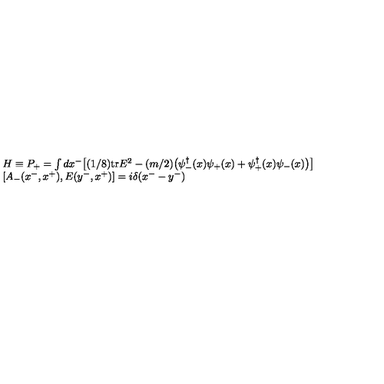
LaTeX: \begin{array} { l } { H \equiv P _ { + } = \int d x ^ { - } \big [ ( 1 / 8 ) \mathrm { t r } E ^ { 2 } - ( m / 2 ) \big ( \psi _ { - } ^ { \dagger } ( x ) \psi _ { + } ( x ) + \psi _ { + } ^ { \dagger } ( x ) \psi _ { - } ( x ) \big ) \big ] } \\ { \left[ A _ { - } ( x ^ { - } , x ^ { + } ) , E ( y ^ { - } , x ^ { + } ) \right] = i \delta ( x ^ { - } - y ^ { - } ) } \\ \end{array}